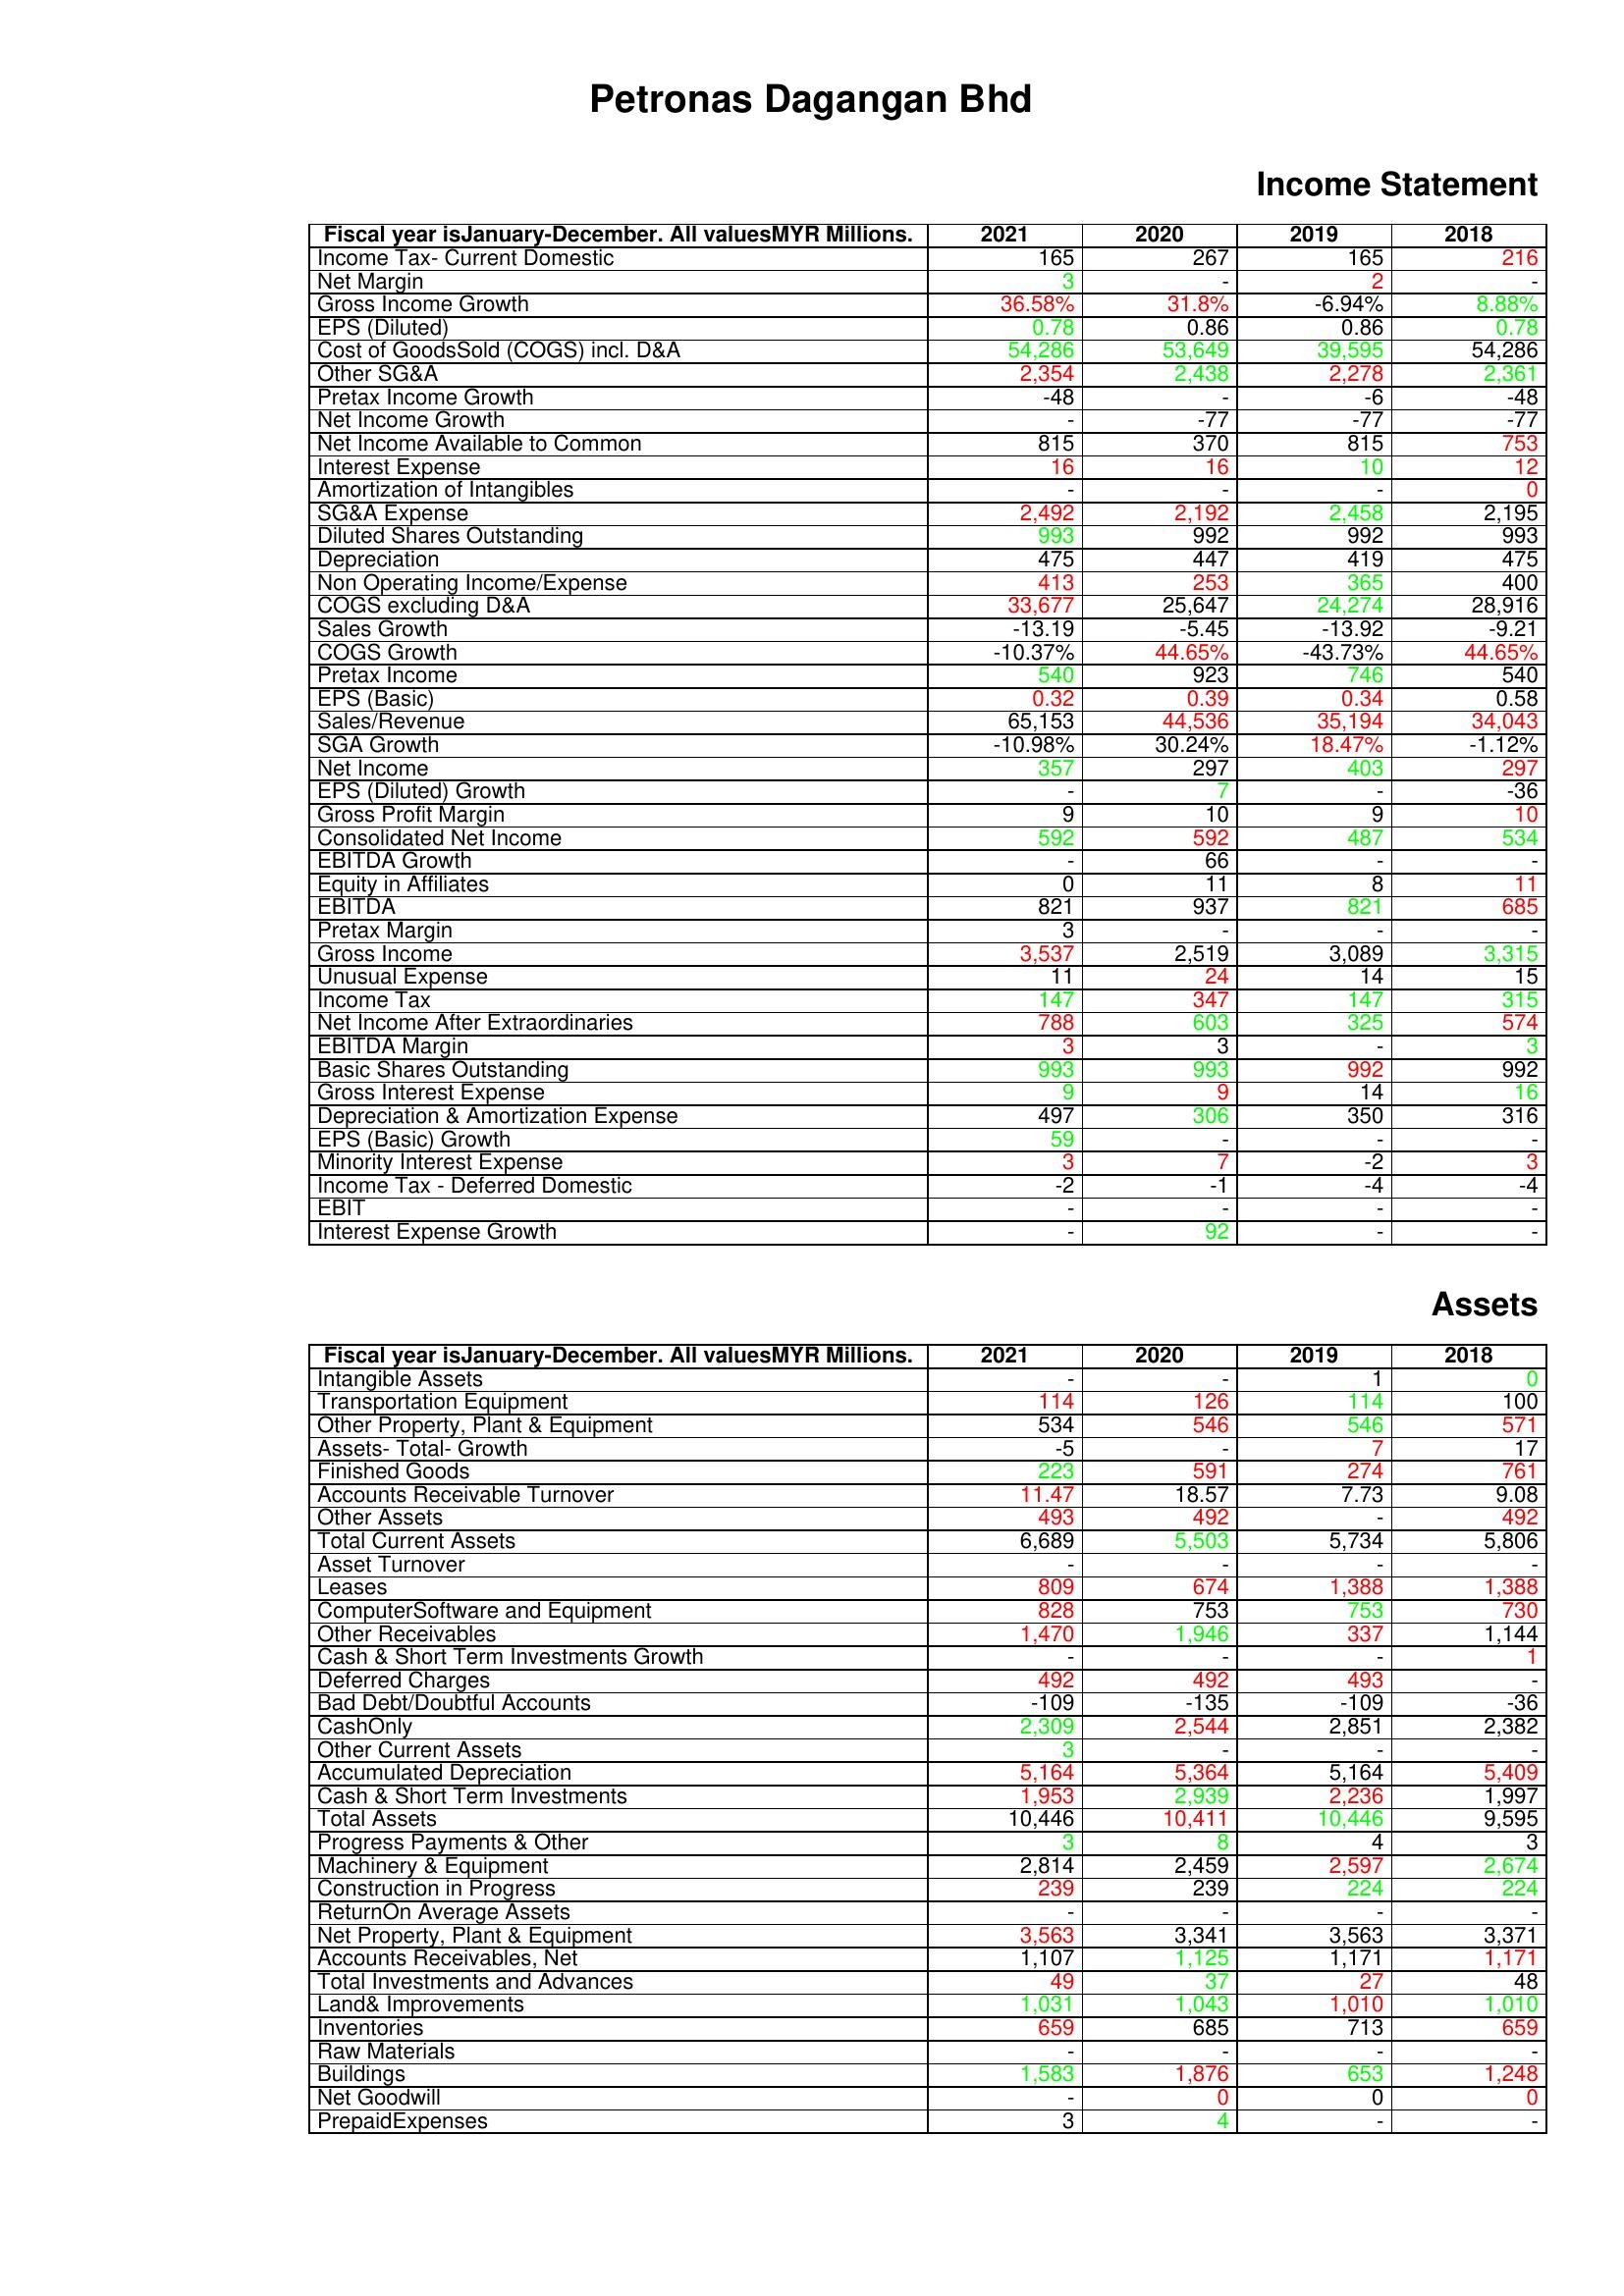
gt_parse: 2021: Income Statement: Income Tax- Current Domestic: 165
Net Margin: 3
Gross Income Growth: 36.58%
EPS (Diluted): 0.78
Cost of GoodsSold (COGS) incl. D&A: 54,286
Other SG&A: 2,354
Pretax Income Growth: -48
Net Income Growth: -
Net Income Available to Common: 815
Interest Expense: 16
Amortization of Intangibles: -
SG&A Expense: 2,492
Diluted Shares Outstanding: 993
Depreciation: 475
Non Operating Income/Expense: 413
COGS excluding D&A: 33,677
Sales Growth: -13.19
COGS Growth: -10.37%
Pretax Income: 540
EPS (Basic): 0.32
Sales/Revenue: 65,153
SGA Growth: -10.98%
Net Income: 357
EPS (Diluted) Growth: -
Gross Profit Margin: 9
Consolidated Net Income: 592
EBITDA Growth: -
Equity in Affiliates: 0
EBITDA: 821
Pretax Margin: 3
Gross Income: 3,537
Unusual Expense: 11
Income Tax: 147
Net Income After Extraordinaries: 788
EBITDA Margin: 3
Basic Shares Outstanding: 993
Gross Interest Expense: 9
Depreciation & Amortization Expense: 497
EPS (Basic) Growth: 59
Minority Interest Expense: 3
Income Tax - Deferred Domestic: -2
EBIT: -
Interest Expense Growth: -
Assets: Intangible Assets: -
Transportation Equipment: 114
Other Property, Plant & Equipment: 534
Assets- Total- Growth: -5
Finished Goods: 223
Accounts Receivable Turnover: 11.47
Other Assets: 493
Total Current Assets: 6,689
Asset Turnover: -
Leases: 809
ComputerSoftware and Equipment: 828
Other Receivables: 1,470
Cash & Short Term Investments Growth: -
Deferred Charges: 492
Bad Debt/Doubtful Accounts: -109
CashOnly: 2,309
Other Current Assets: 3
Accumulated Depreciation: 5,164
Cash & Short Term Investments: 1,953
Total Assets: 10,446
Progress Payments & Other: 3
Machinery & Equipment: 2,814
Construction in Progress: 239
ReturnOn Average Assets: -
Net Property, Plant & Equipment: 3,563
Accounts Receivables, Net: 1,107
Total Investments and Advances: 49
Land& Improvements: 1,031
Inventories: 659
Raw Materials: -
Buildings: 1,583
Net Goodwill: -
PrepaidExpenses: 3
2020: Income Statement: Income Tax- Current Domestic: 267
Net Margin: -
Gross Income Growth: 31.8%
EPS (Diluted): 0.86
Cost of GoodsSold (COGS) incl. D&A: 53,649
Other SG&A: 2,438
Pretax Income Growth: -
Net Income Growth: -77
Net Income Available to Common: 370
Interest Expense: 16
Amortization of Intangibles: -
SG&A Expense: 2,192
Diluted Shares Outstanding: 992
Depreciation: 447
Non Operating Income/Expense: 253
COGS excluding D&A: 25,647
Sales Growth: -5.45
COGS Growth: 44.65%
Pretax Income: 923
EPS (Basic): 0.39
Sales/Revenue: 44,536
SGA Growth: 30.24%
Net Income: 297
EPS (Diluted) Growth: 7
Gross Profit Margin: 10
Consolidated Net Income: 592
EBITDA Growth: 66
Equity in Affiliates: 11
EBITDA: 937
Pretax Margin: -
Gross Income: 2,519
Unusual Expense: 24
Income Tax: 347
Net Income After Extraordinaries: 603
EBITDA Margin: 3
Basic Shares Outstanding: 993
Gross Interest Expense: 9
Depreciation & Amortization Expense: 306
EPS (Basic) Growth: -
Minority Interest Expense: 7
Income Tax - Deferred Domestic: -1
EBIT: -
Interest Expense Growth: 92
Assets: Intangible Assets: -
Transportation Equipment: 126
Other Property, Plant & Equipment: 546
Assets- Total- Growth: -
Finished Goods: 591
Accounts Receivable Turnover: 18.57
Other Assets: 492
Total Current Assets: 5,503
Asset Turnover: -
Leases: 674
ComputerSoftware and Equipment: 753
Other Receivables: 1,946
Cash & Short Term Investments Growth: -
Deferred Charges: 492
Bad Debt/Doubtful Accounts: -135
CashOnly: 2,544
Other Current Assets: -
Accumulated Depreciation: 5,364
Cash & Short Term Investments: 2,939
Total Assets: 10,411
Progress Payments & Other: 8
Machinery & Equipment: 2,459
Construction in Progress: 239
ReturnOn Average Assets: -
Net Property, Plant & Equipment: 3,341
Accounts Receivables, Net: 1,125
Total Investments and Advances: 37
Land& Improvements: 1,043
Inventories: 685
Raw Materials: -
Buildings: 1,876
Net Goodwill: 0
PrepaidExpenses: 4
2019: Income Statement: Income Tax- Current Domestic: 165
Net Margin: 2
Gross Income Growth: -6.94%
EPS (Diluted): 0.86
Cost of GoodsSold (COGS) incl. D&A: 39,595
Other SG&A: 2,278
Pretax Income Growth: -6
Net Income Growth: -77
Net Income Available to Common: 815
Interest Expense: 10
Amortization of Intangibles: -
SG&A Expense: 2,458
Diluted Shares Outstanding: 992
Depreciation: 419
Non Operating Income/Expense: 365
COGS excluding D&A: 24,274
Sales Growth: -13.92
COGS Growth: -43.73%
Pretax Income: 746
EPS (Basic): 0.34
Sales/Revenue: 35,194
SGA Growth: 18.47%
Net Income: 403
EPS (Diluted) Growth: -
Gross Profit Margin: 9
Consolidated Net Income: 487
EBITDA Growth: -
Equity in Affiliates: 8
EBITDA: 821
Pretax Margin: -
Gross Income: 3,089
Unusual Expense: 14
Income Tax: 147
Net Income After Extraordinaries: 325
EBITDA Margin: -
Basic Shares Outstanding: 992
Gross Interest Expense: 14
Depreciation & Amortization Expense: 350
EPS (Basic) Growth: -
Minority Interest Expense: -2
Income Tax - Deferred Domestic: -4
EBIT: -
Interest Expense Growth: -
Assets: Intangible Assets: 1
Transportation Equipment: 114
Other Property, Plant & Equipment: 546
Assets- Total- Growth: 7
Finished Goods: 274
Accounts Receivable Turnover: 7.73
Other Assets: -
Total Current Assets: 5,734
Asset Turnover: -
Leases: 1,388
ComputerSoftware and Equipment: 753
Other Receivables: 337
Cash & Short Term Investments Growth: -
Deferred Charges: 493
Bad Debt/Doubtful Accounts: -109
CashOnly: 2,851
Other Current Assets: -
Accumulated Depreciation: 5,164
Cash & Short Term Investments: 2,236
Total Assets: 10,446
Progress Payments & Other: 4
Machinery & Equipment: 2,597
Construction in Progress: 224
ReturnOn Average Assets: -
Net Property, Plant & Equipment: 3,563
Accounts Receivables, Net: 1,171
Total Investments and Advances: 27
Land& Improvements: 1,010
Inventories: 713
Raw Materials: -
Buildings: 653
Net Goodwill: 0
PrepaidExpenses: -
2018: Income Statement: Income Tax- Current Domestic: 216
Net Margin: -
Gross Income Growth: 8.88%
EPS (Diluted): 0.78
Cost of GoodsSold (COGS) incl. D&A: 54,286
Other SG&A: 2,361
Pretax Income Growth: -48
Net Income Growth: -77
Net Income Available to Common: 753
Interest Expense: 12
Amortization of Intangibles: 0
SG&A Expense: 2,195
Diluted Shares Outstanding: 993
Depreciation: 475
Non Operating Income/Expense: 400
COGS excluding D&A: 28,916
Sales Growth: -9.21
COGS Growth: 44.65%
Pretax Income: 540
EPS (Basic): 0.58
Sales/Revenue: 34,043
SGA Growth: -1.12%
Net Income: 297
EPS (Diluted) Growth: -36
Gross Profit Margin: 10
Consolidated Net Income: 534
EBITDA Growth: -
Equity in Affiliates: 11
EBITDA: 685
Pretax Margin: -
Gross Income: 3,315
Unusual Expense: 15
Income Tax: 315
Net Income After Extraordinaries: 574
EBITDA Margin: 3
Basic Shares Outstanding: 992
Gross Interest Expense: 16
Depreciation & Amortization Expense: 316
EPS (Basic) Growth: -
Minority Interest Expense: 3
Income Tax - Deferred Domestic: -4
EBIT: -
Interest Expense Growth: -
Assets: Intangible Assets: 0
Transportation Equipment: 100
Other Property, Plant & Equipment: 571
Assets- Total- Growth: 17
Finished Goods: 761
Accounts Receivable Turnover: 9.08
Other Assets: 492
Total Current Assets: 5,806
Asset Turnover: -
Leases: 1,388
ComputerSoftware and Equipment: 730
Other Receivables: 1,144
Cash & Short Term Investments Growth: 1
Deferred Charges: -
Bad Debt/Doubtful Accounts: -36
CashOnly: 2,382
Other Current Assets: -
Accumulated Depreciation: 5,409
Cash & Short Term Investments: 1,997
Total Assets: 9,595
Progress Payments & Other: 3
Machinery & Equipment: 2,674
Construction in Progress: 224
ReturnOn Average Assets: -
Net Property, Plant & Equipment: 3,371
Accounts Receivables, Net: 1,171
Total Investments and Advances: 48
Land& Improvements: 1,010
Inventories: 659
Raw Materials: -
Buildings: 1,248
Net Goodwill: 0
PrepaidExpenses: -